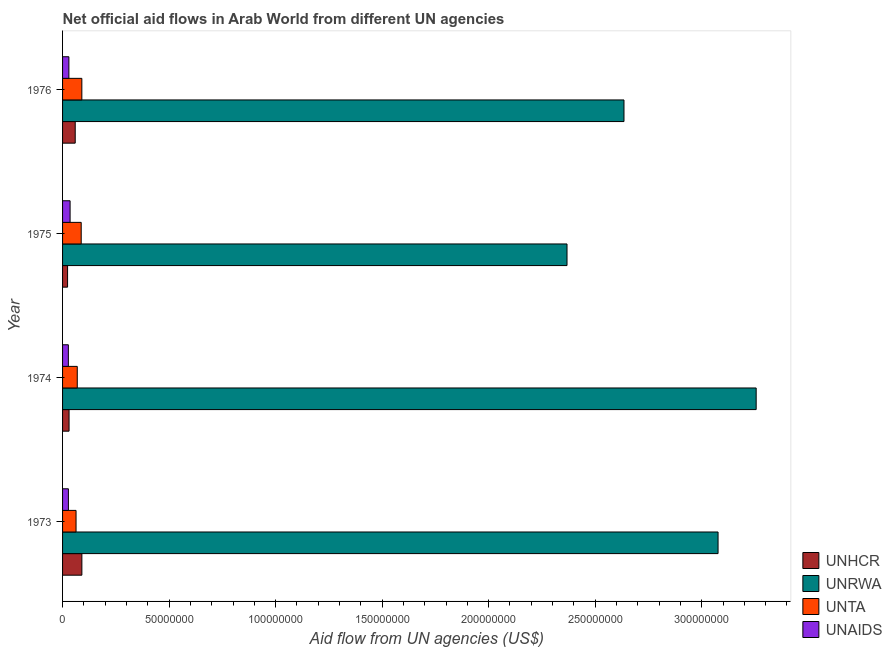
| Year | UNHCR | UNRWA | UNTA | UNAIDS |
 | --- | --- | --- | --- | --- |
 | 1973 | 9.06e+06 | 3.08e+08 | 6.33e+06 | 2.74e+06 |
 | 1974 | 3.05e+06 | 3.26e+08 | 6.9e+06 | 2.72e+06 |
 | 1975 | 2.35e+06 | 2.37e+08 | 8.75e+06 | 3.53e+06 |
 | 1976 | 5.94e+06 | 2.64e+08 | 9.05e+06 | 2.97e+06 |